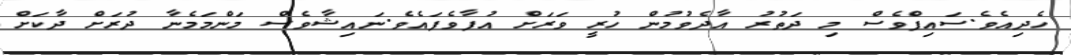
ހެދިއެވެ.ސައިފްވެސް މި ދަތުރު އާދެވުމުން ހުރީ ވަރަށް އުފާވެފައެވެ.ނައިޝާވެސް މަންމަމެނާ ދުރަށް ދާކަށް